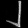
Digit: ၂